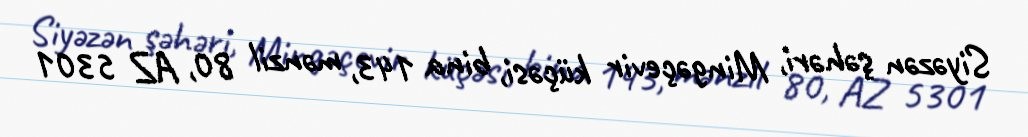
Siyəzən şəhəri, Mingəçevir küçəsi, bina 143, mənzil 80, AZ 5301